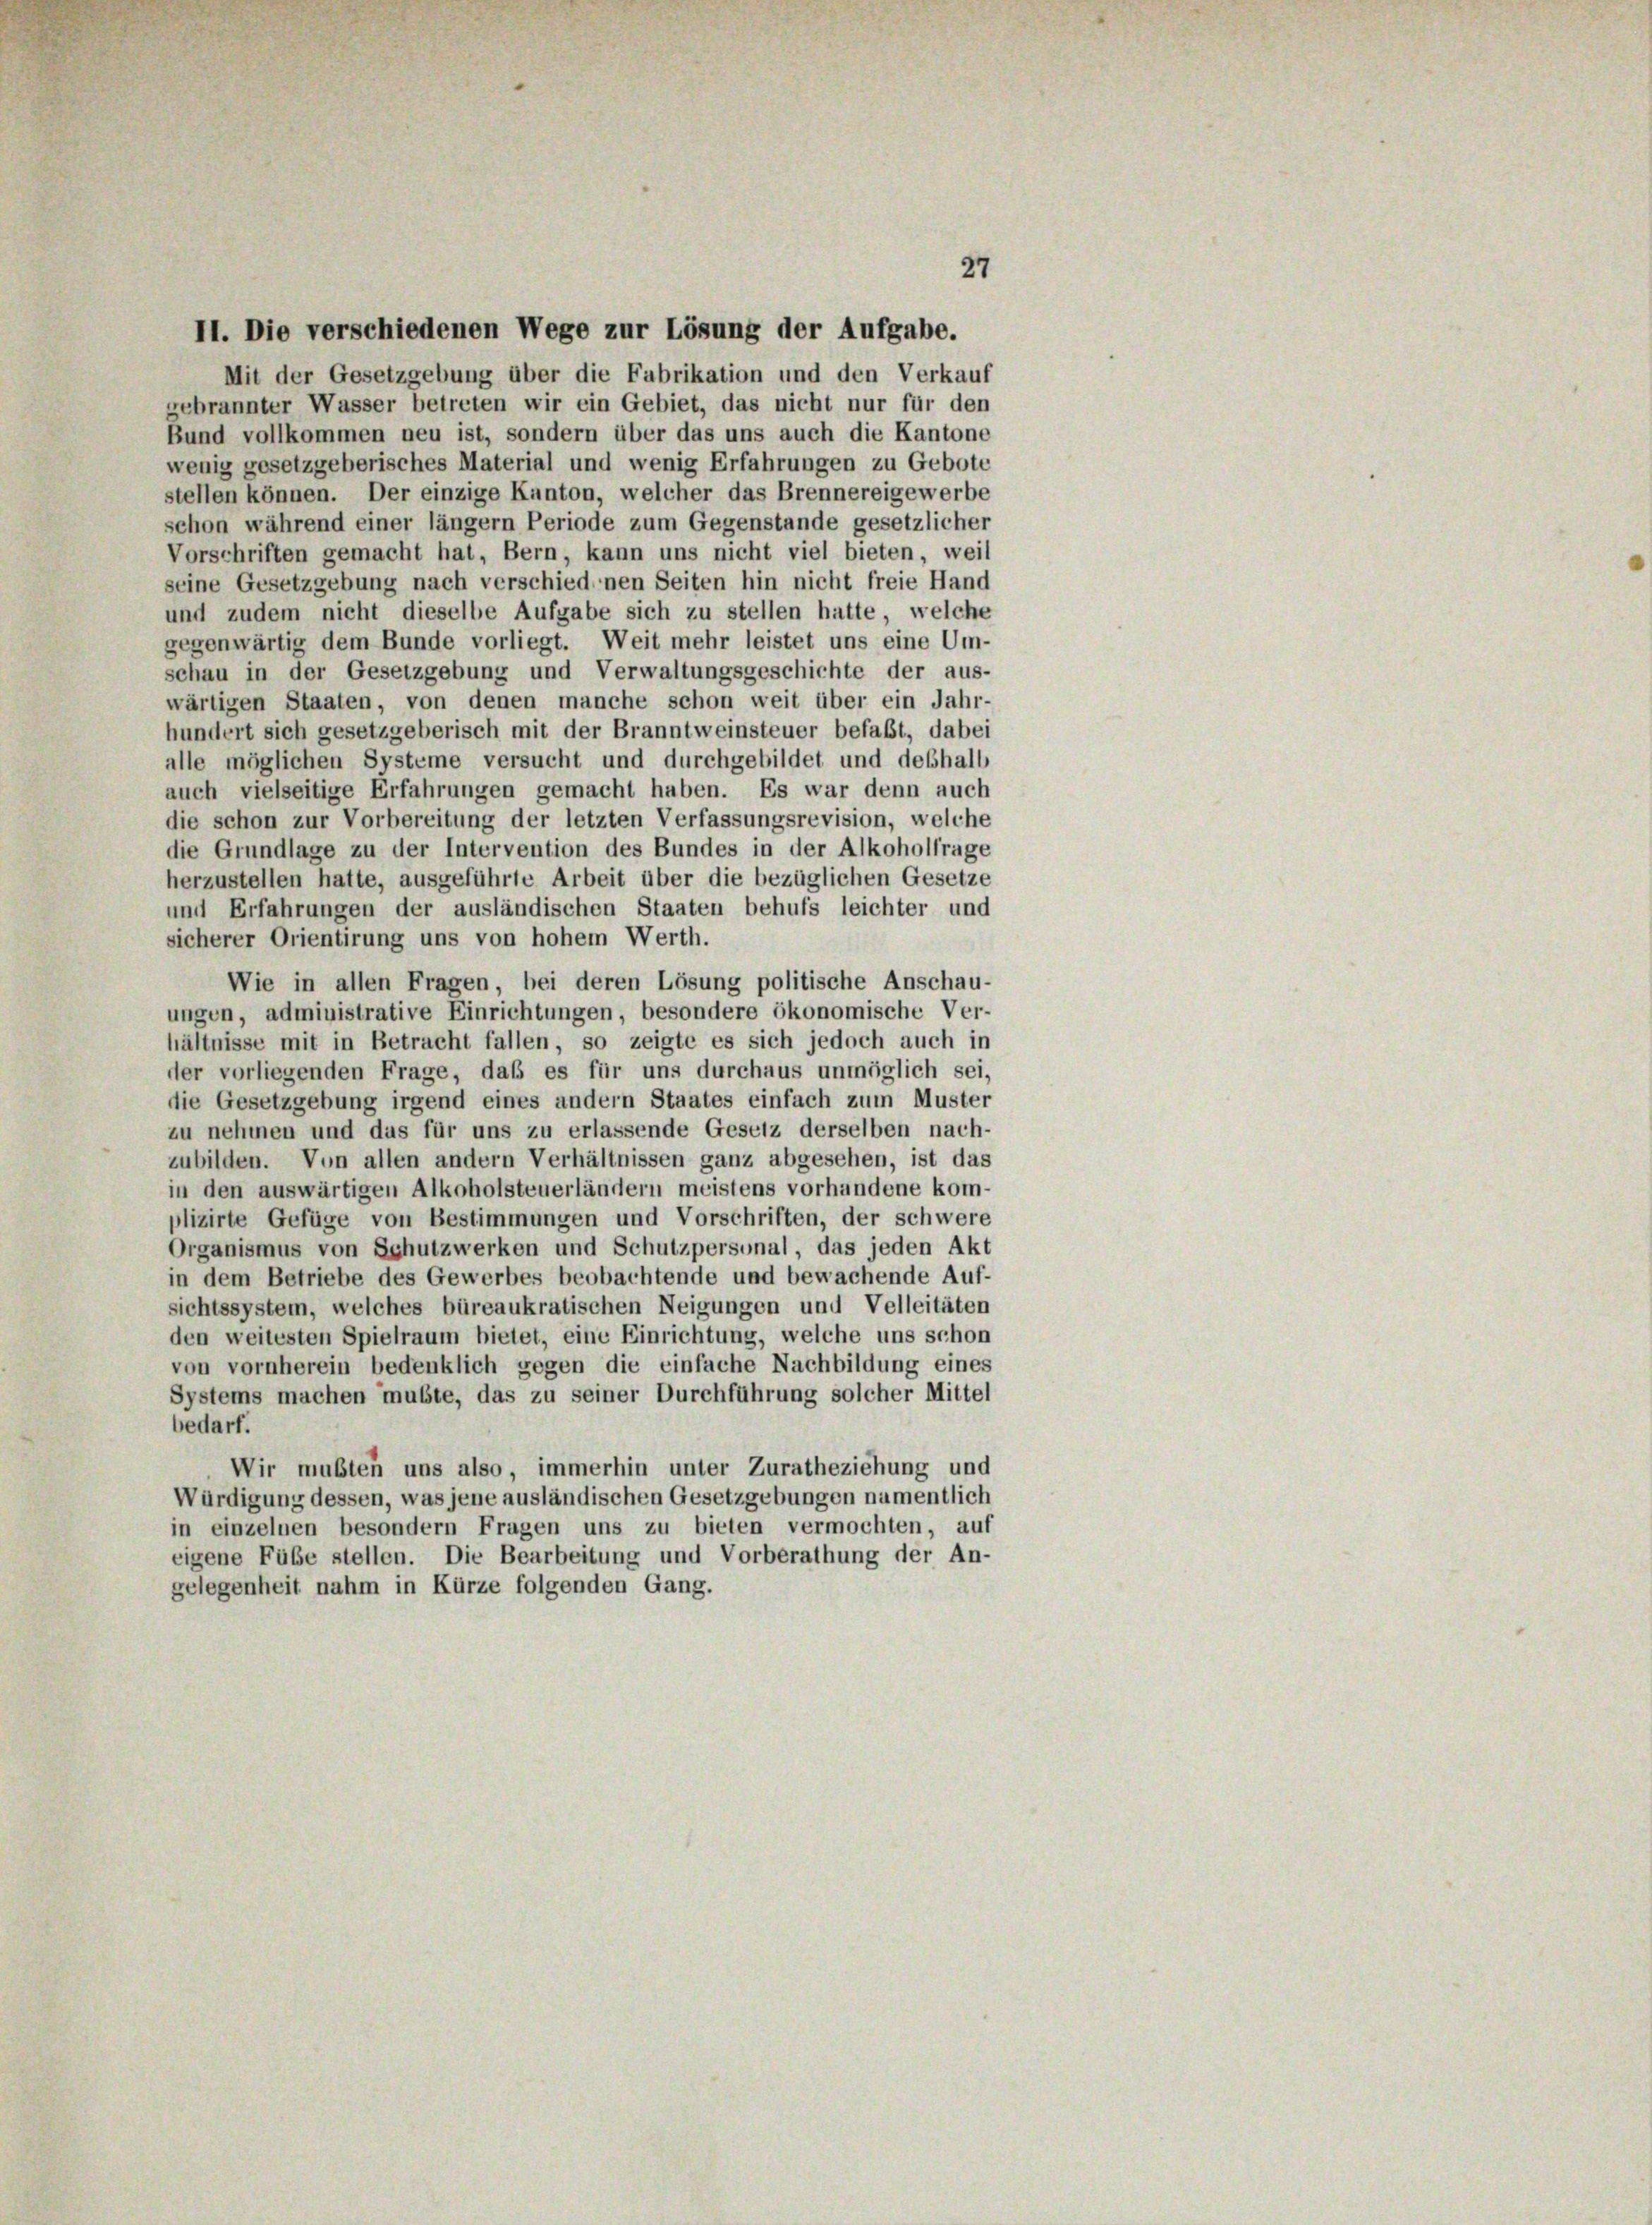
27

II. Die verschiedenen Wege zur Lösung der Aufgabe.
Mit der Gesetzgebung über die Fabrikation und den Verkauf
gebrannter Wasser betreten wir ein Gebiet, das nicht nur für den
Bund vollkommen neu ist, sondern über das uns auch die Kantone
wenig gesetzgeberisches Material und wenig Erfahrungen zu Gebote
stellen können. Der einzige Kanton, welcher das Brennereigewerbe
schon während einer länger Periode zum Gegenstände gesetzlicher
Vorschriften gemacht hat, Bern, kann uns nicht viel bieten, weil
seine Gesetzgebung nach verschiedenen Seiten hin nicht freie Hand
und zudem nicht dieselbe Aufgabe sich zu stellen hatte, welche
gegenwärtig dem Bunde vorliegt. Weit mehr leistet uns eine Um-
schau in der Gesetzgebung und Verwaltungsgeschichte der aus-
wärtigen Staaten, von denen manche schon weit über ein Jahr-
hundert sich gesetzgeberisch mit der Branntweinsteuer befaßt, dabei
alle möglichen Systeme versucht und durchgebildet und deshalb
auch vielseitige Erfahrungen gemacht haben. Es war denn auch
die schon zur Vorbereitung der letzten Verfassungsrevision, welche
die Grundlage zu der Intervention des Bundes in der Alkoholfrage
herzustellen hatte, ausgeführte Arbeit über die bezüglichen Gesetze
und Erfahrungen der ausländischen Staaten behufs leichter und
sicherer Orientirung uns von hohem Werth.
Wie in allen Fragen, bei deren Lösung politische Anschau-
ungen, administrative Einrichtungen, besondere ökonomische Ver-
hältnisse mit in Betracht fallen, so zeigte es sich jedoch auch in
der vorliegenden Frage, daß es für uns durchaus unmöglich sei,
die Gesetzgebung irgend eines andern Staates einfach zum Muster
zu nehmen und das für uns zu erlassende Gesetz derselben nach-
zubilden. Von allen andern Verhältnissen ganz abgesehen, ist das
in den auswärtigen Alkoholsteuerländern meistens vorhandene kom-
plizirte Gefüge von Bestimmungen und Vorschriften, der schwere
Organismus von Schutzwerken und Schutzpersonal, das jeden Akt
in dem Betriebe des Gewerbes beobachtende und bewachende Auf-
sichtssystem, welches büreaukratischen Neigungen und Velleitäten
den weitesten Spielraum bietet, eine Einrichtung, welche uns schon
von vornherein bedenklich gegen die einfache Nachbildung eines
Systems machen mußte, das zu seiner Durchführung solcher Mittel
bedarf.
Wir mußten uns also, immerhin unter Zuratheziehung und
Würdigung dessen, was jene ausländischen Gesetzgebungen namentlich
in einzelnen besondern Fragen uns zu bieten vermochten, auf
eigene Füße stellen. Die Bearbeitung und Vorberathung der An-
gelegenheit nahm in Kürze folgenden Gang.